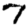
Digit: 7